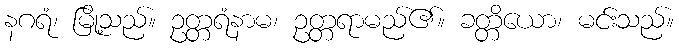
နဂရံ၊ မြို့သည်။ ဥတ္တရံနာမ၊ ဥတ္တရာမည်၏။ ခတ္တိယော၊ မင်းသည်။